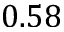
0 . 5 8